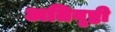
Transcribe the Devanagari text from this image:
अतिवृष्ठी